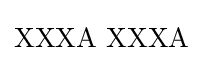
\mathrm {XXXA\,\,XXXA}